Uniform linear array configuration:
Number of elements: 32
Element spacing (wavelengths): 0.75
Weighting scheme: hamming
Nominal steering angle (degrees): -15
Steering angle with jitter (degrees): -15.718
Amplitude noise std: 0.05
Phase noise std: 0.05

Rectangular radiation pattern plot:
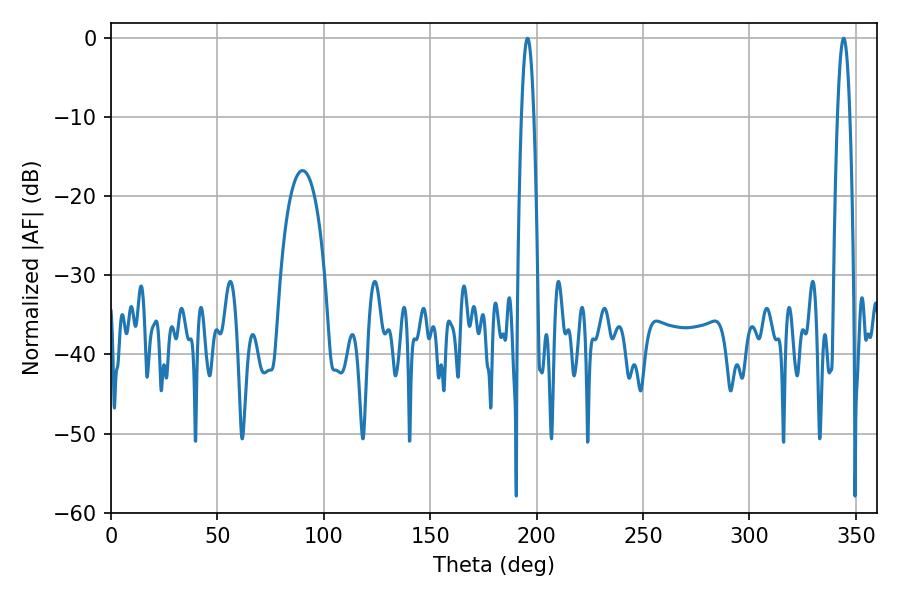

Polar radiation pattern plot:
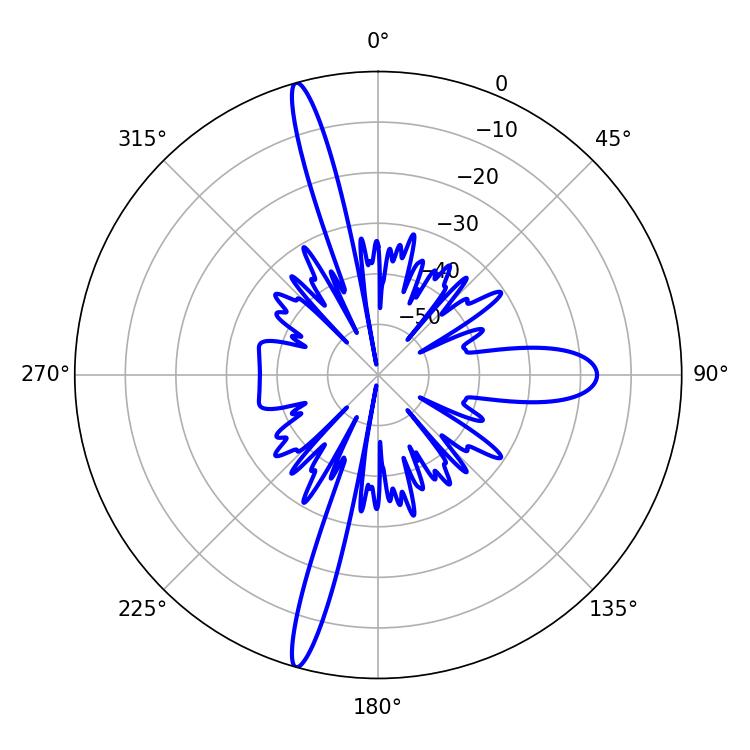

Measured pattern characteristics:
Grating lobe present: TRUE
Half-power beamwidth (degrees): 3.06
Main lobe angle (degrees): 195.66